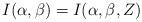
LaTeX: \begin{align*}I(\alpha,\beta) = I(\alpha,\beta,Z)\end{align*}